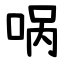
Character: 㖞